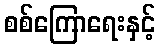
စစ်ကြောရေးနှင့်